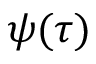
\psi ( \tau )